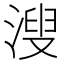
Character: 溲